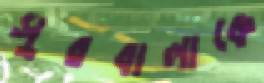
সুরবালাকে